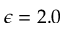
\epsilon = 2 . 0